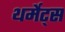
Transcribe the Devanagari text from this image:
थर्मेट्स